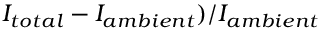
I _ { t o t a l } - I _ { a m b i e n t } ) / I _ { a m b i e n t }